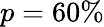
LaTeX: p=60\%